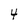
Character: 4